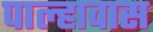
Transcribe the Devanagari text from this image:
पाल्हावास